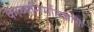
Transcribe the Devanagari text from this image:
काव्यनिर्माणशक्ति